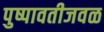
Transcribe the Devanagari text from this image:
पुष्पावतीजवळ